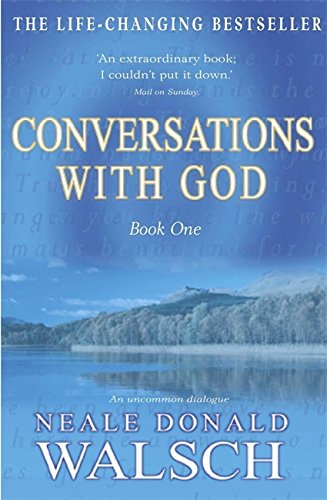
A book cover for Conversations with God: Bk. 1: An Uncommon Dialogue; Neale Donald Walsch; Religion & Spirituality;